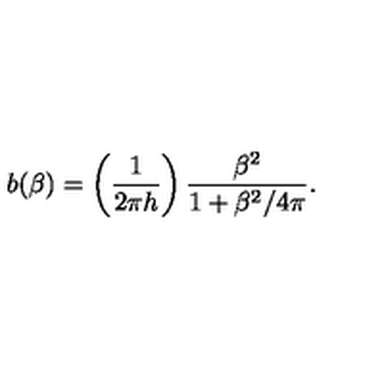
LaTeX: b ( \beta ) = \left( \frac { 1 } { 2 \pi h } \right) \frac { \beta ^ { 2 } } { 1 + \beta ^ { 2 } / 4 \pi } .